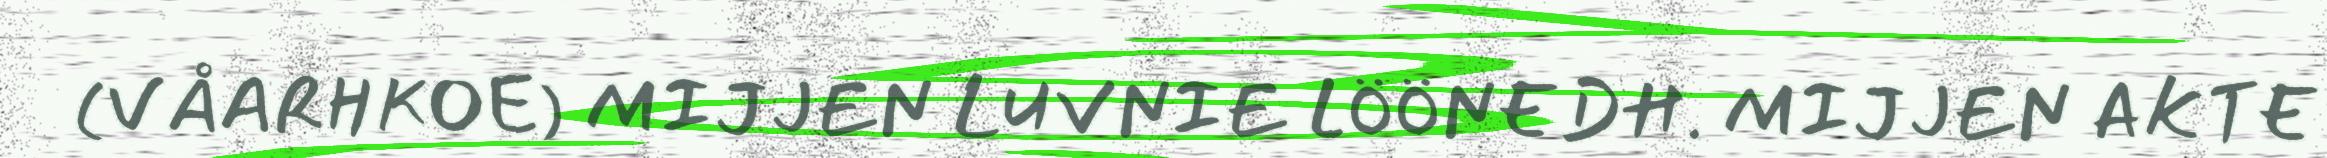
(VÅARHKOE) MIJJEN LUVNIE LÖÖNEDH. MIJJEN AKTE